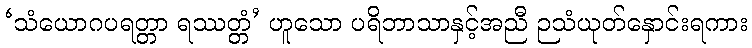
‘သံယောဂပရတ္တာ ရဿတ္တံ’ ဟူသော ပရိဘာသာနှင့်အညီ ဉသံယုတ်နှောင်းရကား